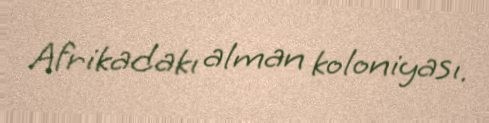
Afrikadakı alman koloniyası.